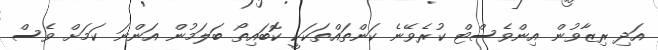
އަދި ރިޒާވުން އިންވެސްޓް ކުރެވޭނެ ކަންތައްތަކަކީ ކޮބައިތޯ ބަލަމުން އަންނަ ކަމަށް ވެސް